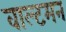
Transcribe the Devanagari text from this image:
वाल्टमन